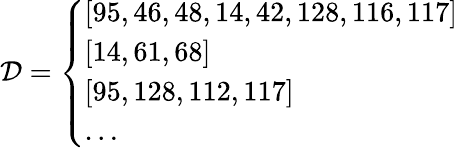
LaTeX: \begin{array}{r}{\mathcal{D}=\left\{ \begin{array}{l}{\left[95,46,48,14,42,128,116,117\right]}\\ {\left[14,61,68\right]}\\ {\left[95,128,112,117\right]}\\ {\ldots}\end{array}\right.}\end{array}